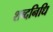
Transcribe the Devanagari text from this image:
शब्दनिधि